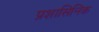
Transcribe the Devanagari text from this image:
प्रशासिनिक